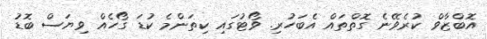
އޮބްޒާވް ކުރެވޭނެ ގޮތްތައް އެބަހުރި. ވޯޓުގައި ކިތަންމެ ކުޑަ ގޯހެއް ވިޔަސް ބޮޑު